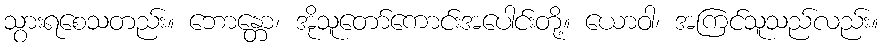
သွားရစေသတည်း။ ဘောန္တော၊ အိုသူတော်ကောင်းအပေါင်းတို့။ ယောဝါ၊ အကြင်သူသည်လည်း။